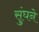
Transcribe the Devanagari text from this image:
सुंघने